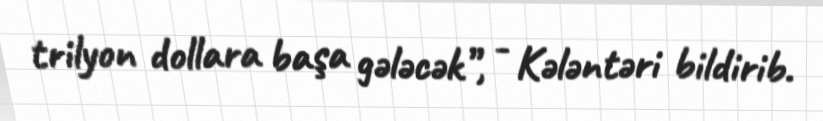
trilyon dollara başa gələcək”, - Kələntəri bildirib.